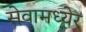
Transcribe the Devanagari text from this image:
सेवामध्येर